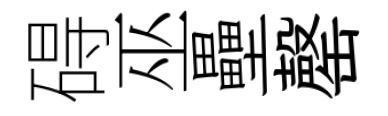
碍巫壘罄